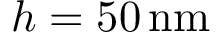
h = 5 0 \, \mathrm { n m }